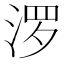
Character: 𪶒